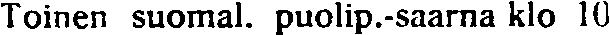
Toinen suomal. puolip.-saarna klo 10